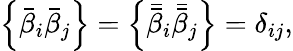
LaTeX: \Big\{ \bar{\beta}_{i}\bar{\beta}_{j}\Big\} =\Big\{ \bar{\bar{\beta}}_{i}\bar{\bar{\beta}}_{j}\Big\} =\delta_{ij},